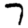
Digit: 7